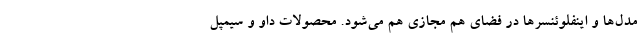
مدل‌ها و اینفلوئنسرها در فضای هم مجازی هم می‌شود. محصولات داو و سیمپل